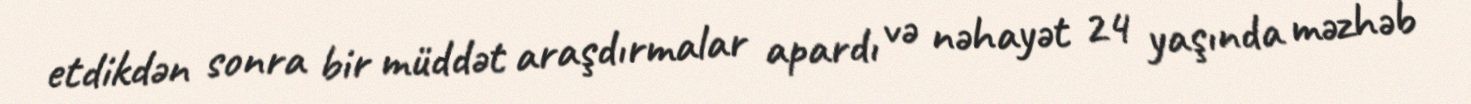
etdikdən sonra bir müddət araşdırmalar apardı və nəhayət 24 yaşında məzhəb